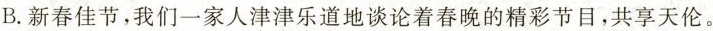
B.新春佳节，我们一家人津津乐道地谈论着春晚的精彩节目，共享天伦。